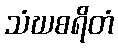
သံဃစရိတံ